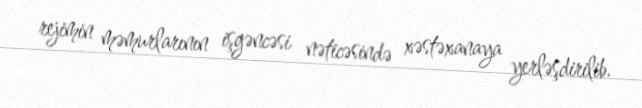
rejimin məmurlarının işgəncəsi nəticəsində xəstəxanaya yerləşdirilib.